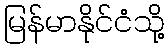
မြန်မာနိုင်ငံသို့